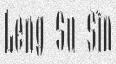
Leng Su Sìn